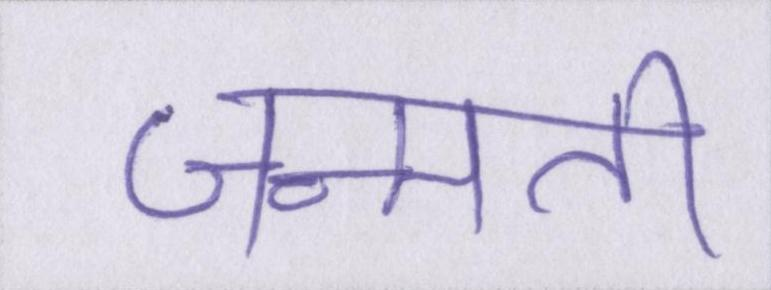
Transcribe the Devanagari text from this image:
जन्मती